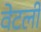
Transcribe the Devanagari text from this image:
वेटली